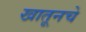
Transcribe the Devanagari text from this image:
खातूनचे